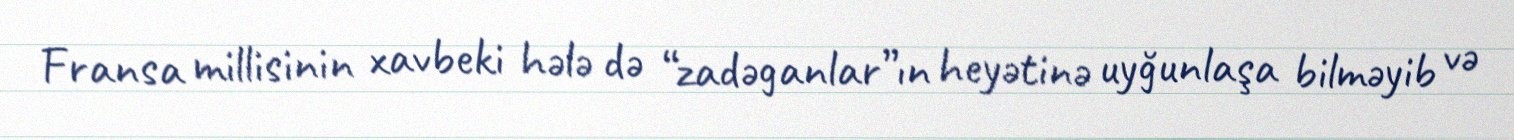
Fransa millisinin xavbeki hələ də “zadəganlar”ın heyətinə uyğunlaşa bilməyib və